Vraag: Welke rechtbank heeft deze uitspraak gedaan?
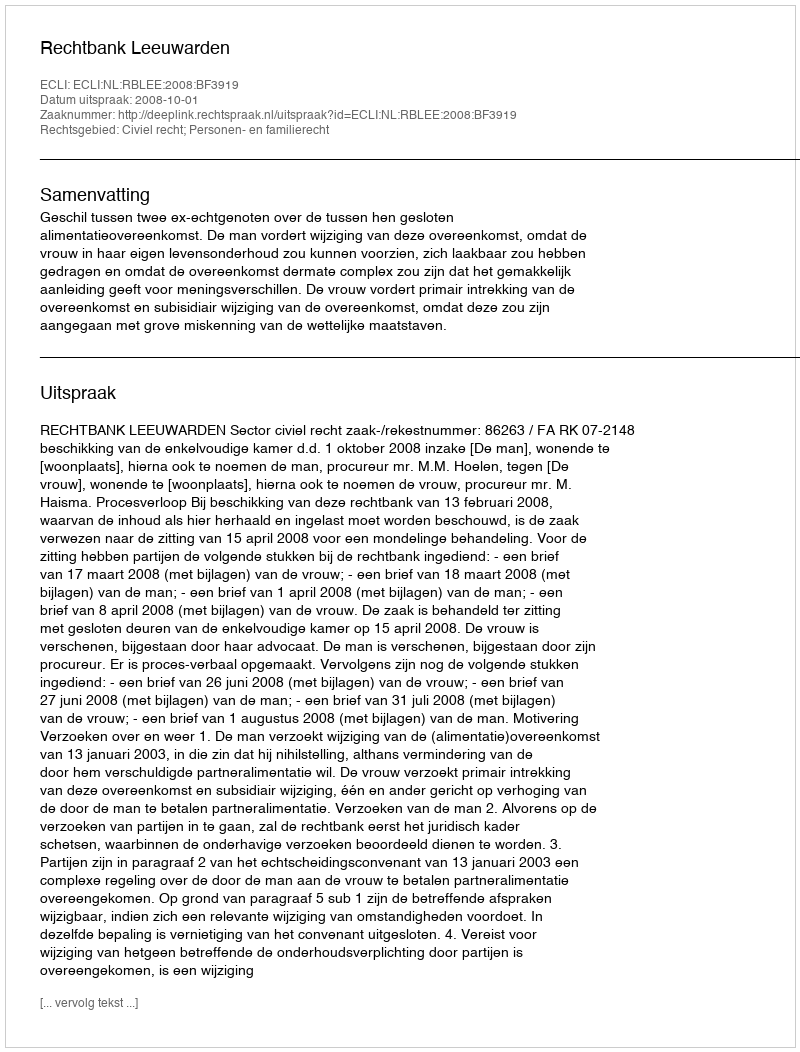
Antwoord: Rechtbank Leeuwarden